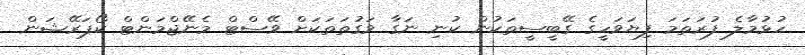
ހުޅުމާލެ ފުރަތަަމަ ފިޔަވަހީގެ ގޭބީސީތަކުން ކުނި ނަގާ ވަގުތަތަކަށް ވޭސްޓް މެނޭޖްމަންޓް ކޯޕަރޭޝަން